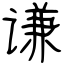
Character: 谦